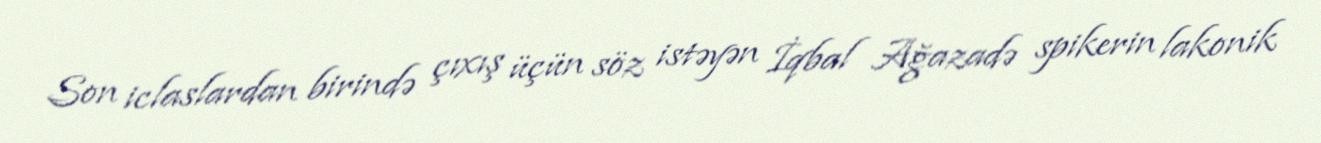
Son iclaslardan birində çıxış üçün söz istəyən İqbal Ağazadə spikerin lakonik